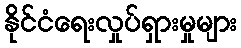
နိုင်ငံရေးလှုပ်ရှားမှုများ